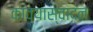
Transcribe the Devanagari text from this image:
काव्यास्वादन